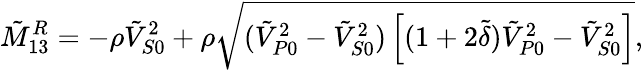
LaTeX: \tilde{M}_{13}^{R}=-\rho\tilde{V}_{S0}^{2}+\rho\sqrt{(\tilde{V}_{P0}^{2}-\tilde{V}_{S0}^{2})\left[(1+2\tilde{\delta})\tilde{V}_{P0}^{2}-\tilde{V}_{S0}^{2}\right]},